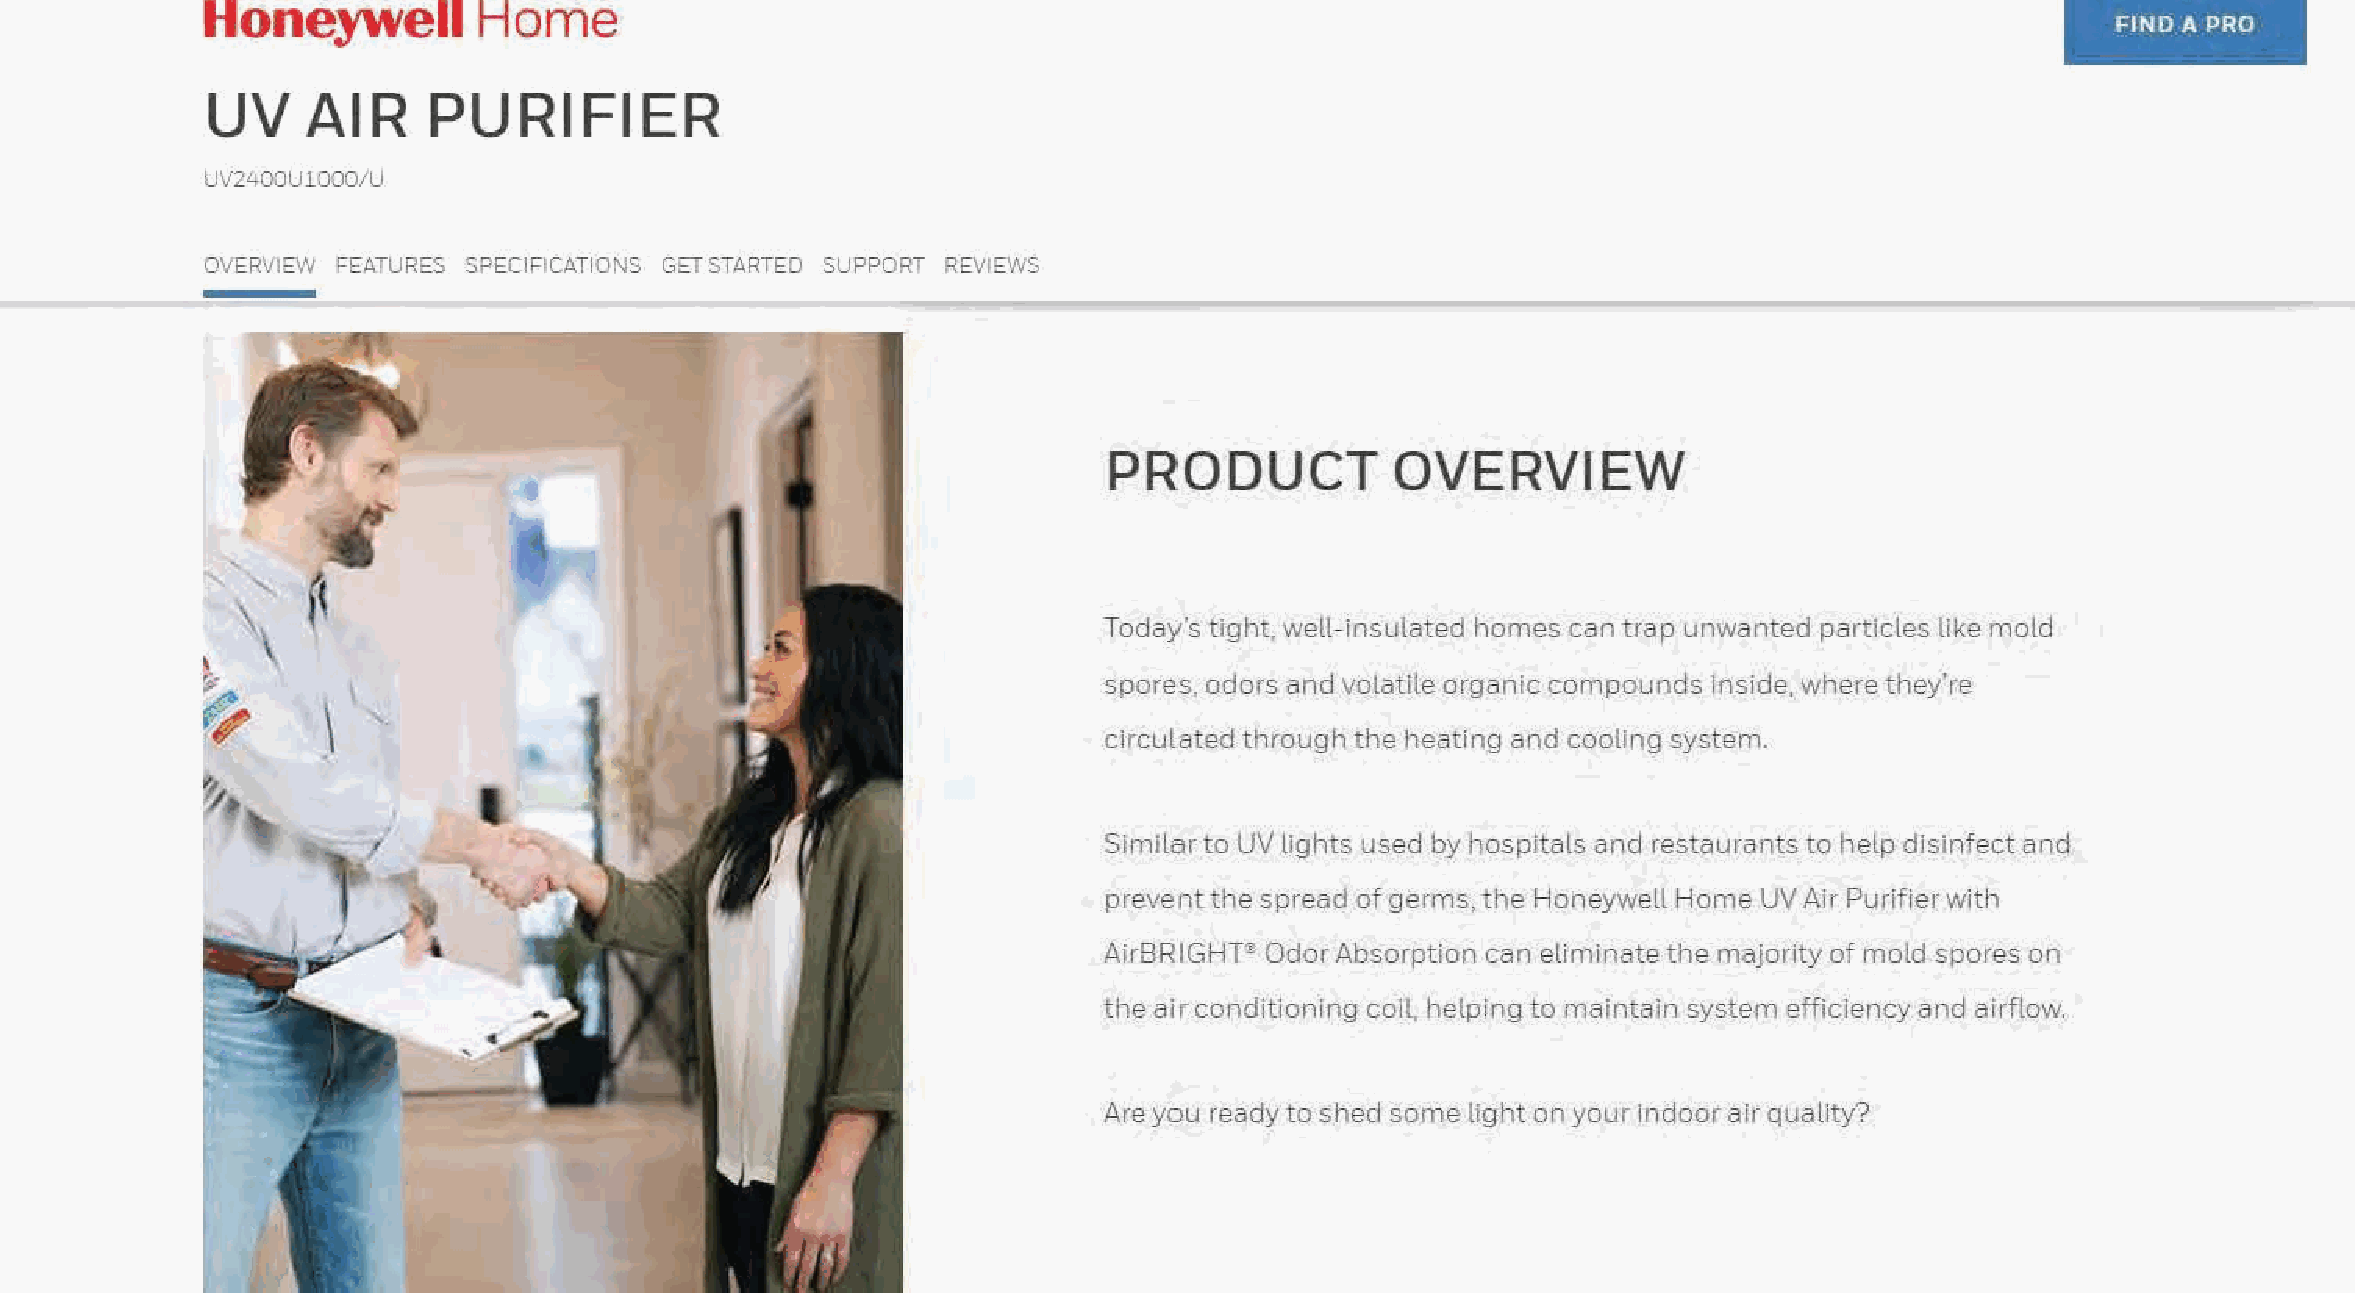
Honeywell          Home
 FIND A PRO
 UV    AIR     PURIFIER
 UV2400UlOOO/ lJ
 OVERVIEW FEATURES SPECIFICATIONS GET STARTED SUPPORT REVIEWS
 PRODUCT            OVERVIEW
 Today's tight, well-insulated homes can trap unwanted particles llke mold
 spores. odors and volattle organic compounds Inside, where they're
 circulated through the heating and cooling system.
 Similar to UV lights used by hospitals and restaurants to help disinfect and
 preventthe spread ofgerms,the Hoheywell Home UV ft.ir Purifier with
 AirBRIGHT,;, OdorAbsorption can eliminate the majority of mold spores on
 the aircondit1onlng coll, helpingto maintain system efficiency and airflow.
 Are you ready to shed some light on your indoor air quality?